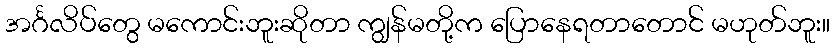
အင်္ဂလိပ်တွေ မကောင်းဘူးဆိုတာ ကျွန်မတို့က ပြောနေရတာတောင် မဟုတ်ဘူး။